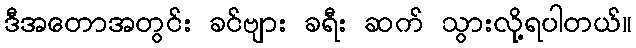
ဒီအတောအတွင်း ခင်ဗျား ခရီး ဆက် သွားလို့ရပါတယ်။